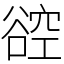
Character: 谾